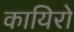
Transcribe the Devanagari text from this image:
कायिरो